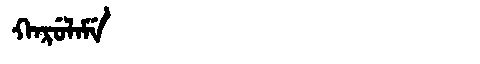
Manchu: ᡴᠠᡵᡠᠯᠠᠮᡝ
Romanization: KARULAME